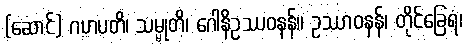
(ဆောင်) ဂဟပတိ၊ သမ္မုတိ၊ ဂေါနိဥဿဝနန်။ ဥဿာဝနန်၊ တိုင်ခြေရံ၊